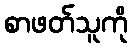
စာဖတ်သူကို